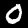
Digit: 0